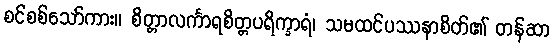
စင်စစ်သော်ကား။ စိတ္တာလင်္ကာရစိတ္တပရိက္ခာရံ၊ သမထင်ပဿနာစိတ်၏ တန်ဆာ